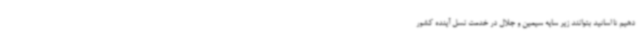
دهیم تا اساتید بتوانند زیر سایه سیمین و جلال در خدمت نسل آینده کشور